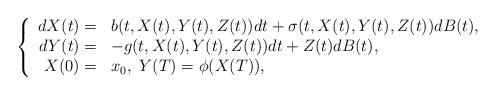
LaTeX: \begin{align*}\left\{\begin{array}[c]{rl}dX(t)= & b(t,X(t),Y(t),Z(t))dt+\sigma(t,X(t),Y(t),Z(t))dB(t),\\dY(t)= & -g(t,X(t),Y(t),Z(t))dt+Z(t)dB(t),\\X(0)= & x_{0},\ Y(T)=\phi(X(T)),\end{array}\right. \end{align*}